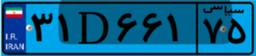
۳۱D۶۶۱۷۵